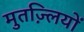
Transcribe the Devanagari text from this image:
मुतज़्लियों